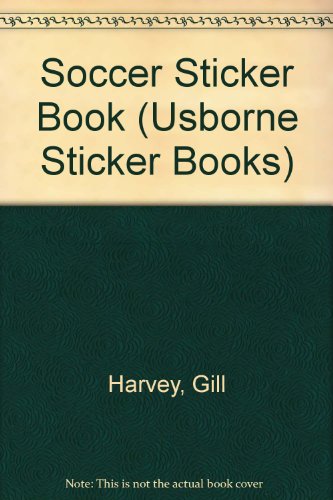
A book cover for Usborne Soccer Sticker Book: Skills to Spot and Try (Soccer Sticker Books); Gill Harvey; Children's Books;